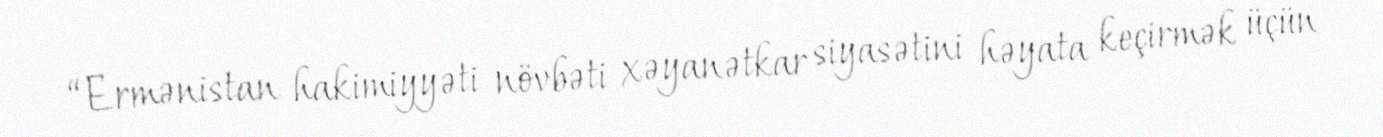
“Ermənistan hakimiyyəti növbəti xəyanətkar siyasətini həyata keçirmək üçün